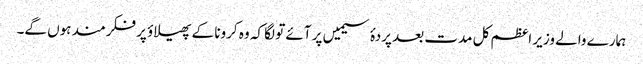
ہمارے والے وزیر اعظم کل مدت بعد پردۂ سیمیں پر آئے تو لگا کہ وہ کرونا کے پھیلاؤ پر فکرمند ہوں گے۔